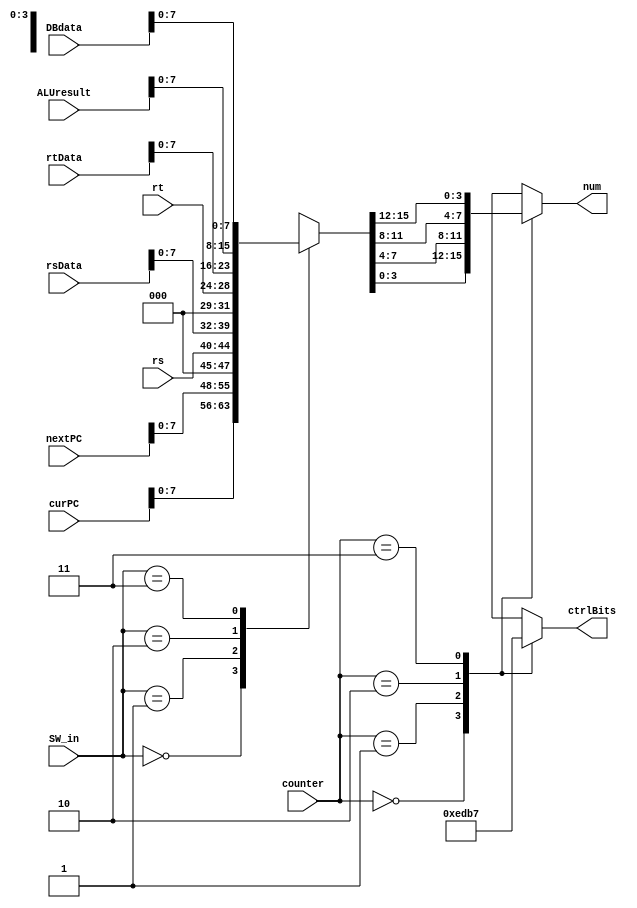
`timescale 1ns / 1ps
//////////////////////////////////////////////////////////////////////////////////
// Company: 
// Engineer: 
// 
// Design Name: 
// Module Name: Data_Selector
// Project Name: 
// Target Devices: 
// Tool Versions: 
// Description: 
// 
// Dependencies: 
// 
// Revision:
// Revision 0.01 - File Created
// Additional Comments:
// 
//////////////////////////////////////////////////////////////////////////////////


module Data_Selector(
    input [31:0] curPC, nextPC, rsData, rtData, ALUresult, DBdata,
    input [4:0] rs, rt,
    input [1:0] SW_in, counter,
    output reg [3:0] num,
    output reg [3:0] ctrlBits
    );
    
    reg [15:0] displayData;
    
    always@(SW_in or curPC or nextPC or rsData or rtData or ALUresult or DBdata or rs or rt) begin
        case(SW_in)
            2'b00: displayData = { curPC[7:0], nextPC[7:0] };
            2'b01: displayData = { 3'b000, rs, rsData[7:0] };
            2'b10: displayData = { 3'b000, rt, rtData[7:0] };
            2'b11: displayData = { ALUresult[7:0], DBdata[7:0] };
        endcase
    end
    always@(counter) begin
        case(counter)
            2'b00: begin
                ctrlBits = 4'b1110;
                num = displayData[3:0];
            end
            2'b01: begin
                ctrlBits = 4'b1101;
                num = displayData[7:4];
            end
            2'b10: begin
                ctrlBits = 4'b1011;
                num = displayData[11:8];
            end
            2'b11: begin
                ctrlBits = 4'b0111;
                num = displayData[15:12];
            end
        endcase
    end
endmodule